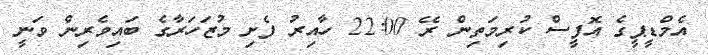
އެމްޑީޕީގެ އޮފީސް ކުރިމަތިން ރޭ 22:00 ހާއިރު ފެށި މުޒަހަރާގެ ބައިވެރިން ވަނީ